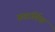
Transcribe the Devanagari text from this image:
सवार्तिक